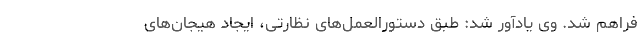
فراهم شد. وی یادآور شد: طبق دستورالعمل‌های نظارتی، ایجاد هیجان‌های